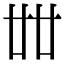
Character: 𠦜